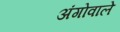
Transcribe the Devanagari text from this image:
अंगोवाले